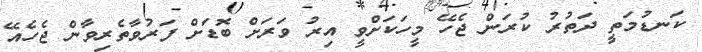
ކަނޑުމަތީ ދަތުރު ކުރަން ޖެހޭ މީހަކަށްވީ އިރު ވަރަށް ބޮޑަށް ފަރުވާތެރިވާން ޖެހެއޭ